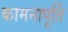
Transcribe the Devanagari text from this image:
कामनापूर्ति